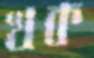
খক